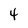
Character: 4